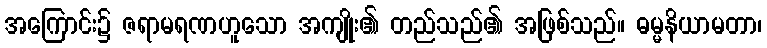
အကြောင်း၌ ဇရာမရဏဟူသော အကျိုး၏ တည်သည်၏ အဖြစ်သည်။ ဓမ္မနိယာမတာ၊